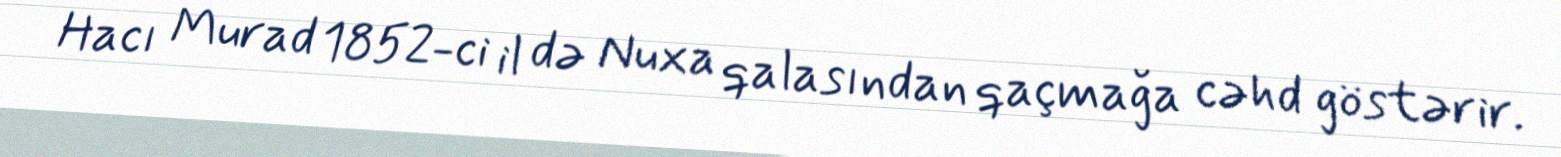
Hacı Murad 1852-ci il də Nuxa qalasından qaçmağa cəhd göstərir.